Annual report of the Punjab Veterinary College and of the Civil Veterinary Department, Punjab - 1894-1908
Year: 1894
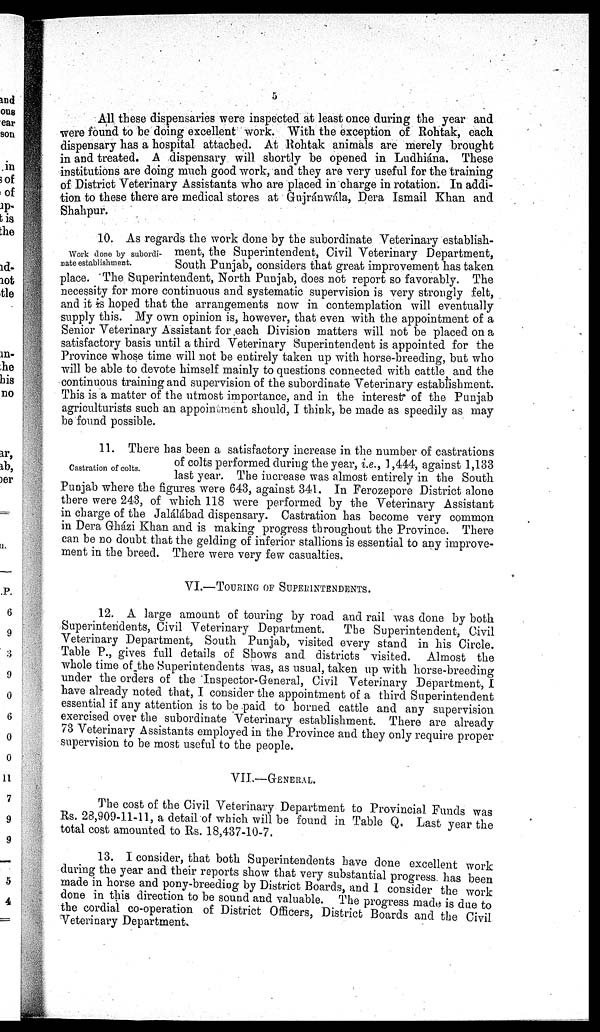
5
All these dispensaries were inspected at least once during the year and
were found to be doing excellent work. With the exception of Rohtak, each
dispensary has a hospital attached. At Rohtak animals are merely brought
in and treated. A dispensary will shortly be opened in Ludhiána. These
institutions are doing much good work, and they are very useful for the training
of District Veterinary Assistants who are placed in charge in rotation. In addi-
tion to these there are medical stores at Gujránwála, Dera Ismail Khan and
Shahpur.
Work done by subordi-
nate establishment.
10. As regards the work done by the subordinate Veterinary establish-
ment, the Superintendent, Civil Veterinary Department,
South Punjab, considers that great improvement has taken
place. The Superintendent, North Punjab, does not report so favorably. The
necessity for more continuous and systematic supervision is very strongly felt,
and it is hoped that the arrangements now in contemplation will eventually
supply this. My own opinion is, however, that even with the appointment of a
Senior Veterinary Assistant for each Division matters will not be placed on a
satisfactory basis until a third Veterinary Superintendent is appointed for the
Province whose time will not be entirely taken up with horse-breeding, but who
will be able to devote himself mainly to questions connected with cattle and the
continuous training and supervision of the subordinate Veterinary establishment.
This is a matter of the utmost importance, and in the interest of the Punjab
agriculturists such an appointment should, I think, be made as speedily as may
be found possible.
Castration of colts.
11. There has been a satisfactory increase in the number of castrations
of colts performed during the year, i.e., 1,444, against 1,133
last year. The increase was almost entirely in the South
Punjab where the figures were 643, against 341. In Ferozepore District alone
there were 243, of which 118 were performed by the Veterinary Assistant
in charge of the Jalálábad dispensary. Castration has become very common
in Dera Gházi Khan and is making progress throughout the Province. There
can be no doubt that the gelding of inferior stallions is essential to any improve-
ment in the breed. There were very few casualties.
VI.—TOURING OF SUPERINTENDENTS.
12. A large amount of touring by road and rail was done by both
Superintendents, Civil Veterinary Department.
The Superintendent, Civil
Veterinary Department, South Punjab, visited every stand in his Circle.
Table P., gives full details of Shows and districts visited. Almost the
whole time of the Superintendents was, as usual, taken up with horse-breeding
under the orders of the Inspector-General, Civil Veterinary Department, I
have already noted that, I consider the appointment of a third Superintendent
essential if any attention is to be paid to horned cattle and any supervision
exercised over the subordinate Veterinary establishment. There are already
73 Veterinary Assistants employed in the Province and they only require proper
supervision to be most useful to the people.
VII.—GENERAL.
The cost of the Civil Veterinary Department to Provincial Funds was
Rs. 28,909-11-11, a detail of which will be found in Table Q. Last year the
total cost amounted to Rs. 18,437-10-7.
13. I consider, that both Superintendents have done excellent work
during the year and their reports show that very substantial progress has been
made in horse and pony-breeding by District Boards, and 1 consider the work
done in this direction to be sound and valuable. The progress made is due to
the cordial co-operation of District Officers, District Boards and the Civil
Veterinary Department.